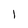
Character: I